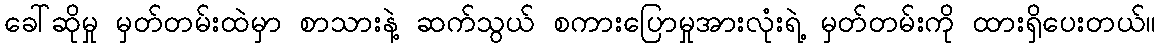
ခေါ်ဆိုမှု မှတ်တမ်းထဲမှာ စာသားနဲ့ ဆက်သွယ် စကားပြောမှုအားလုံးရဲ့ မှတ်တမ်းကို ထားရှိပေးတယ်။